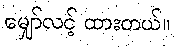
မျှော်လင့် ထားတယ်။